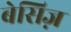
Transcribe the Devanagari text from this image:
बेसिज़